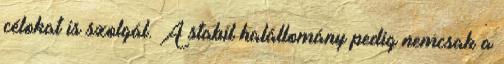
célokat is szolgál. A stabil halállomány pedig nemcsak a